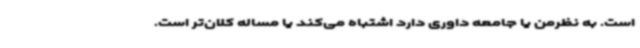
است. به نظرمن یا جامعه داوری دارد اشتباه می‌کند یا مساله کلان‌تر است.